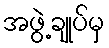
အဖွဲ့ချုပ်မှ